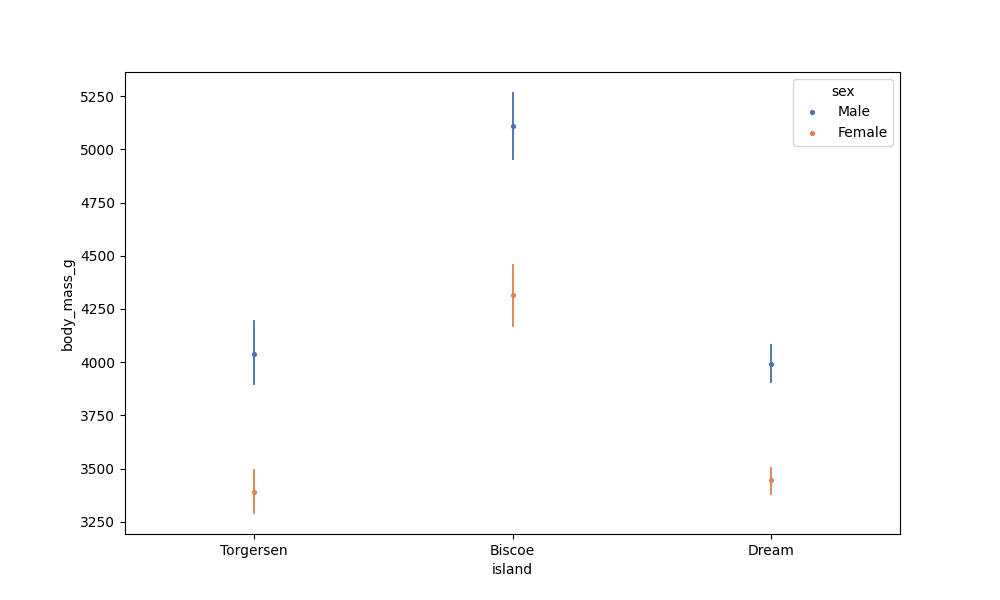
python, seaborn, pointplot, scale=0.5, join=False, hue='sex', palette='deep'